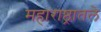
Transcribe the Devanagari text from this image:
महाराष्ठ्रातले